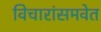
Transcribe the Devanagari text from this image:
विचारांसमवेत